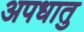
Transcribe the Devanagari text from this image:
अपधातु